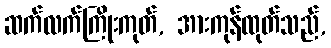
ဆက်လက်ကြိုးကုတ်, အားကုန်ထုတ်သည်,